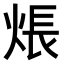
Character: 𤊞